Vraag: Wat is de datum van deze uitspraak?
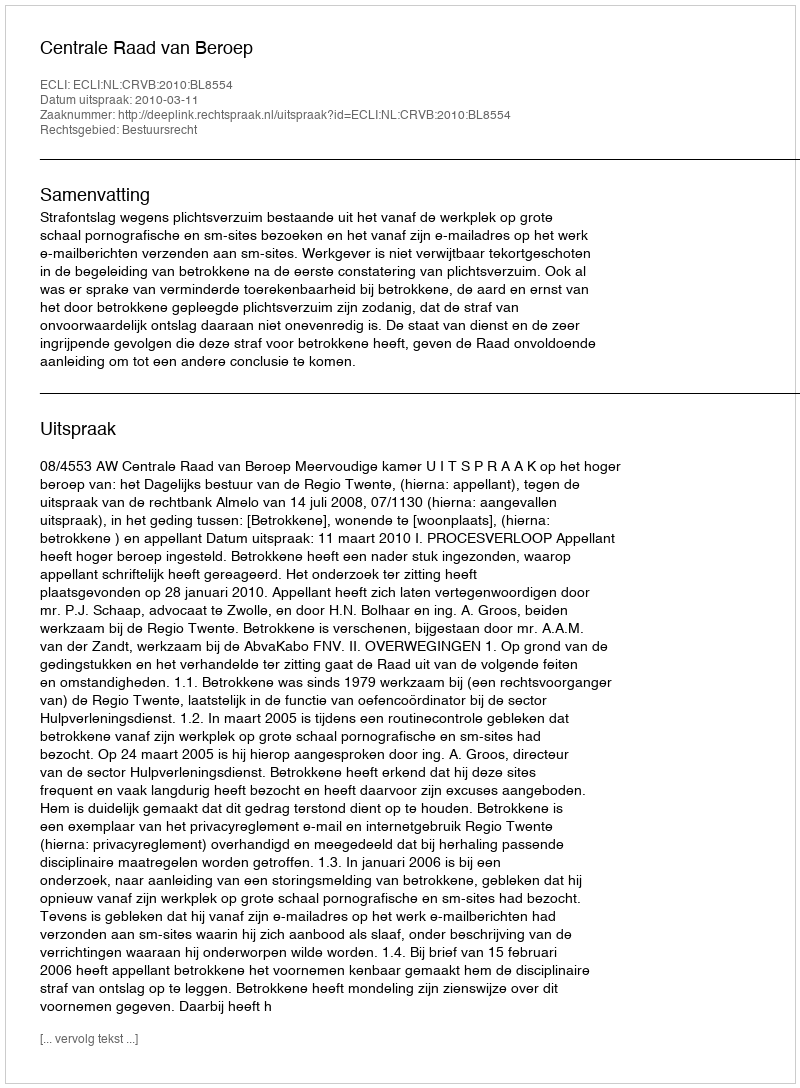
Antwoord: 2010-03-11